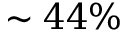
\sim 4 4 \%